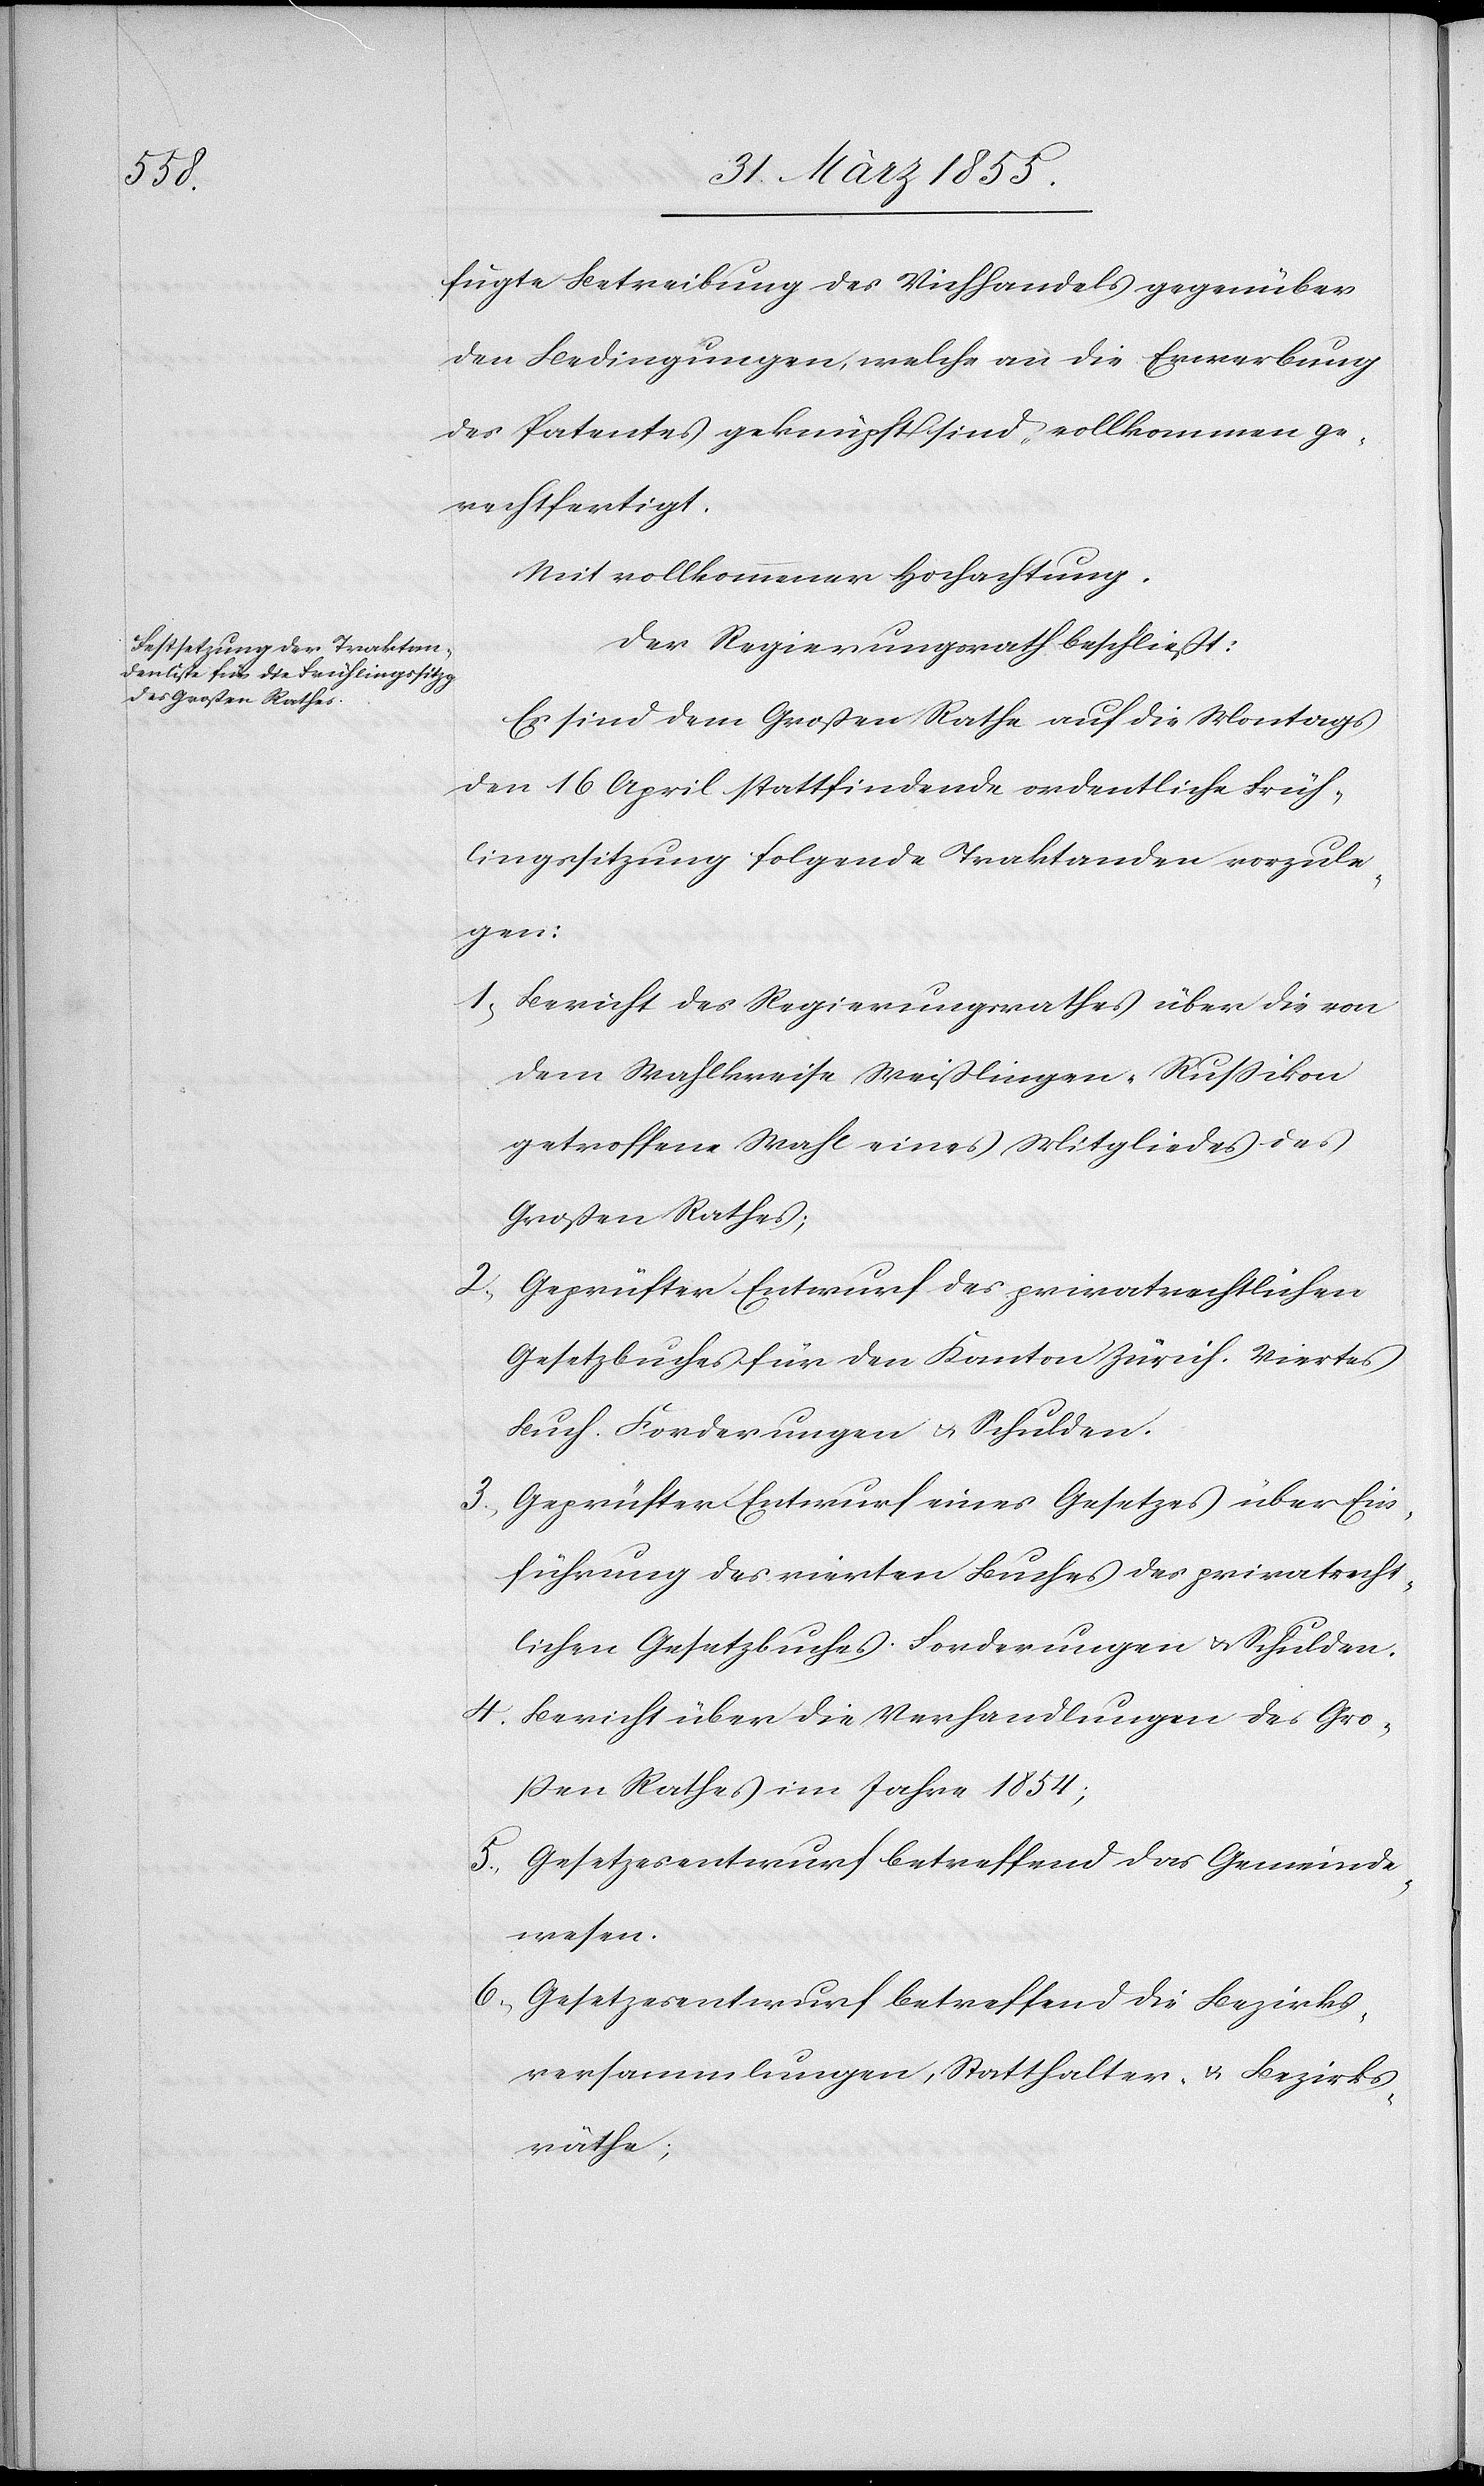
fugte Betreibung des Viehhandels gegenüber
den Bedingungen, welche an die Erwerbung
des Patentes geknüpft sind, vollkommen ge¬
rechtfertigt.
Mit vollkommener Hochachtung.
Der Regierungsrath beschließt:
Es sind dem Großen Rathe auf die Montags
den 16 April stattfindende ordentliche Früh¬
lingssitzung folgende Traktanden vorzule¬
gen:
Bericht des Regierungsrathes über die von
dem Wahlkreise Weißlingen-Russikon
getroffene Wahl eines Mitgliedes des
Großen Rathes;
Geprüfter Entwurf des privatrechtlichen
Gesetzbuches für den Kanton Zürich. Viertes
Buch. Forderungen & Schulden.
Geprüfter Entwurf eines Gesetzes über Ein¬
führung des vierten Buches des privatrecht¬
lichen Gesetzbuches. Forderungen & Schulden.
Bericht über die Verhandlungen des Gro¬
ßen Rathes im Jahre 1854;
Gesetzesentwurf betreffend das Gemeinde¬
wesen.
Gesetzesentwurf betreffend die Bezirks¬
versammlungen, Statthalter & Bezirks¬
räthe;